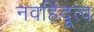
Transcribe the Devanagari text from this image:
नवहिंदूत्व